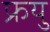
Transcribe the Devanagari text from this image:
फ्रयु